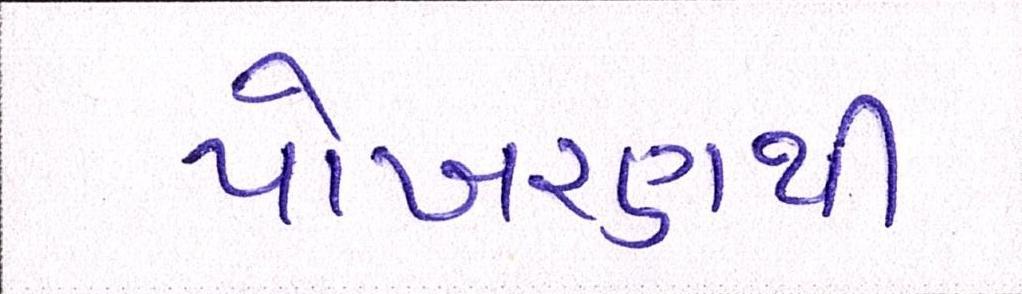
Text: પોખરણથી